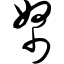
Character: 帑